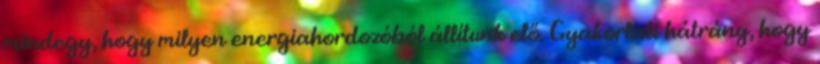
mindegy, hogy milyen energiahordozóból állítunk elő. Gyakorlati hátrány, hogy